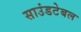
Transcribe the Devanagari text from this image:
साउंडटेबल